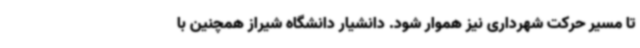
تا مسیر حرکت شهرداری نیز هموار شود. دانشیار دانشگاه شیراز همچنین با